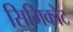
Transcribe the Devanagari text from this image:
सिमिकोट